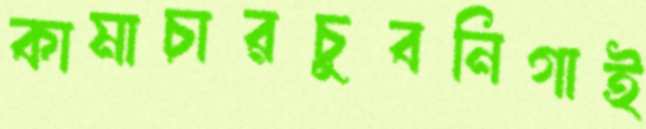
কামাচারচুবনিগাই